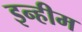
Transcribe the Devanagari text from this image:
इन्हीम